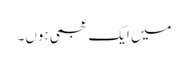
میں ایک عجمی ہوں۔